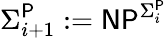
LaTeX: \Sigma_{i+1}^{\mathsf{P}}:={\mathsf{NP}}^{\Sigma_{i}^{\mathsf{P}}}